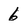
Character: 6